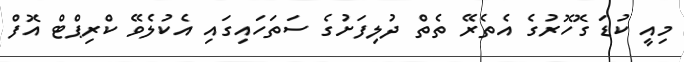
މިއީ ކުޑަ ގޮހޮރުގެ އެތެރޭ ތެތް ދުލިފަށުގެ ސަތަހައިގައި އެކުލެވޭ ކްރިޕްޓް އޮފް